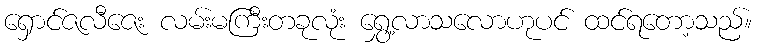
ရှောင်ဇလီဇေး လမ်းမကြီးတခုလုံး ရွှေ့လာသလောဟုပင် ထင်ရတော့သည်။